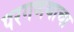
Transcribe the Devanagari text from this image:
परगणयाचा